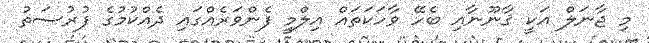
މި ޖާނަލް އަކީ ޤާނޫނާއި ބެހޭ ވާހަކަތައް އިލްމީ ފެންވަރެއްގައި ދެއްކުމުގެ ފުރުސަތު